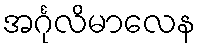
အင်္ဂုလိမာလေန